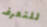
للتعرف